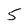
Character: 5